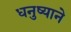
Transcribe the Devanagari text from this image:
धनुष्याने